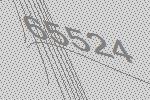
65524